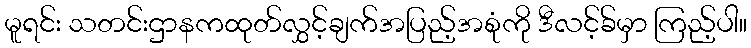
မူရင်း သတင်းဌာနကထုတ်လွှင့်ချက်အပြည့်အစုံကို ဒီလင့်ခ်မှာ ကြည့်ပါ။